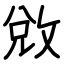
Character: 敓